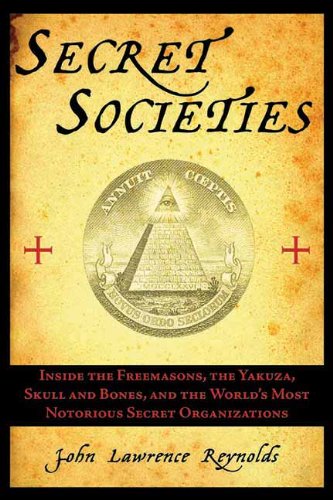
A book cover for Secret Societies: Inside the Freemasons, the Yakuza, Skull and Bones, and the World's Most Notorious Secret Organizations; John Lawrence Reynolds; Religion & Spirituality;